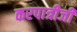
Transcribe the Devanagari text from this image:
करपात्रीजी